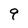
Character: 9